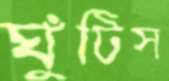
ঘুঁটিস